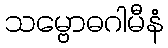
သမ္ဗောဓဂါမီနံ